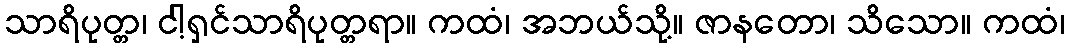
သာရိပုတ္တ၊ ငါ့ရှင်သာရိပုတ္တရာ။ ကထံ၊ အဘယ်သို့။ ဇာနတော၊ သိသော။ ကထံ၊